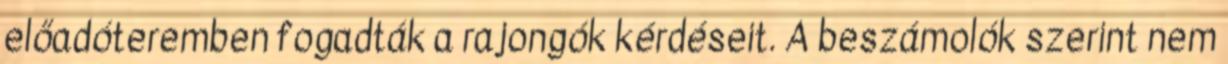
előadóteremben fogadták a rajongók kérdéseit. A beszámolók szerint nem